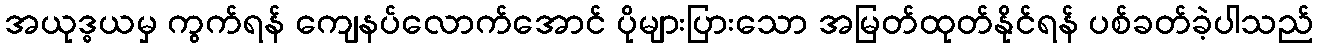
အယုဒ္ဓယမှ ကွက်ရန် ကျေနပ်လောက်အောင် ပိုများပြားသော အမြတ်ထုတ်နိုင်ရန် ပစ်ခတ်ခဲ့ပါသည်